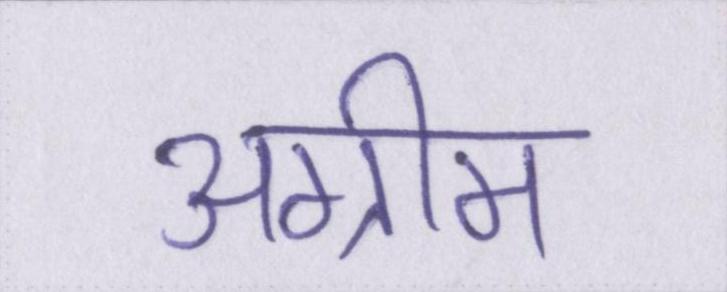
अग्रीम